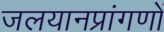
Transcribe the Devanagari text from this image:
जलयानप्रांगणों